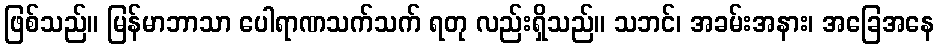
ဖြစ်သည်။ မြန်မာဘာသာ ပေါရာဏသက်သက် ရတု လည်းရှိသည်။ သဘင်၊ အခမ်းအနား၊ အခြေအနေ